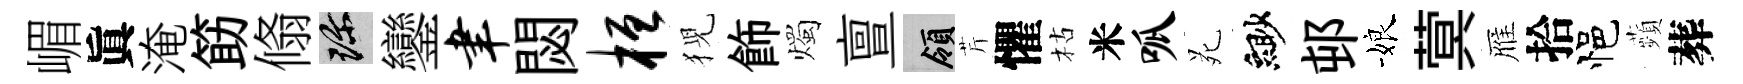
嵋眞淹筯翛珍鑾聿閟桓猊飾燭亶領芹懼枯米呱苑緲邨娘蓂雁拾悒蘋葬